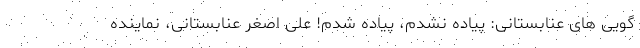
گویی های عنابستانی: پیاده نشدم، پیاده شدم! علی اصغر عنابستانی، نماینده